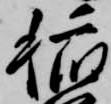
稲